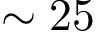
\sim 2 5